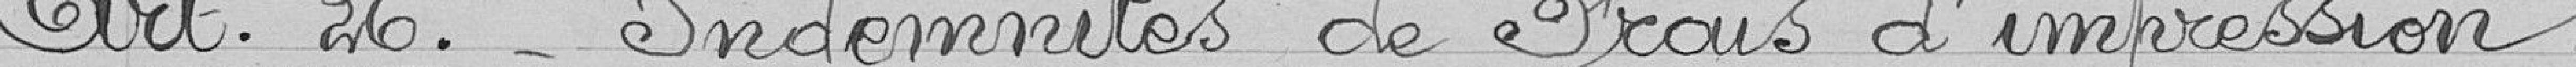
Art.26. - Indemnités de Frais d'impression.